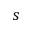
s